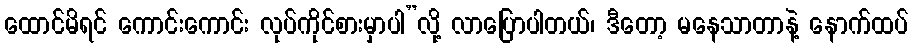
ထောင်မိရင် ကောင်းကောင်း လုပ်ကိုင်စားမှာပါ”လို့ လာပြောပါတယ်၊ ဒီတော့ မနေသာတာနဲ့ နောက်ထပ်